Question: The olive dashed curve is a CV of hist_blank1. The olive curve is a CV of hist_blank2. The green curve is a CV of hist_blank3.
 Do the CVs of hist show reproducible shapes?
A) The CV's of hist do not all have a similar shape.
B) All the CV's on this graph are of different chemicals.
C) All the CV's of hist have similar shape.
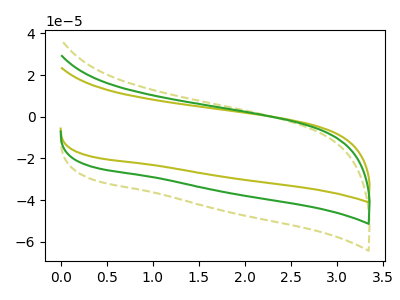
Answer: <think>The olive dashed curve "hist_blank1" has no peaks. The olive curve "hist_blank2" has no peaks. The green curve "hist_blank3" has no peaks.
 Neither "hist_blank1" or "hist_blank2" have any peaks. Neither "hist_blank1" or "hist_blank3" have any peaks. Neither "hist_blank2" or "hist_blank3" have any peaks.</think>
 <answer>C) All the CV's of "hist" have similar shape.</answer>
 <eval>C</eval>